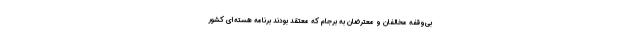
بی‌وقفه مخالفان و معترضان به برجام که معتقد بودند برنامه هسته‌ای کشور